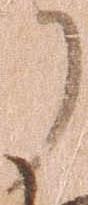
了